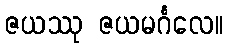
ဇယဿု ဇယမင်္ဂလေ။